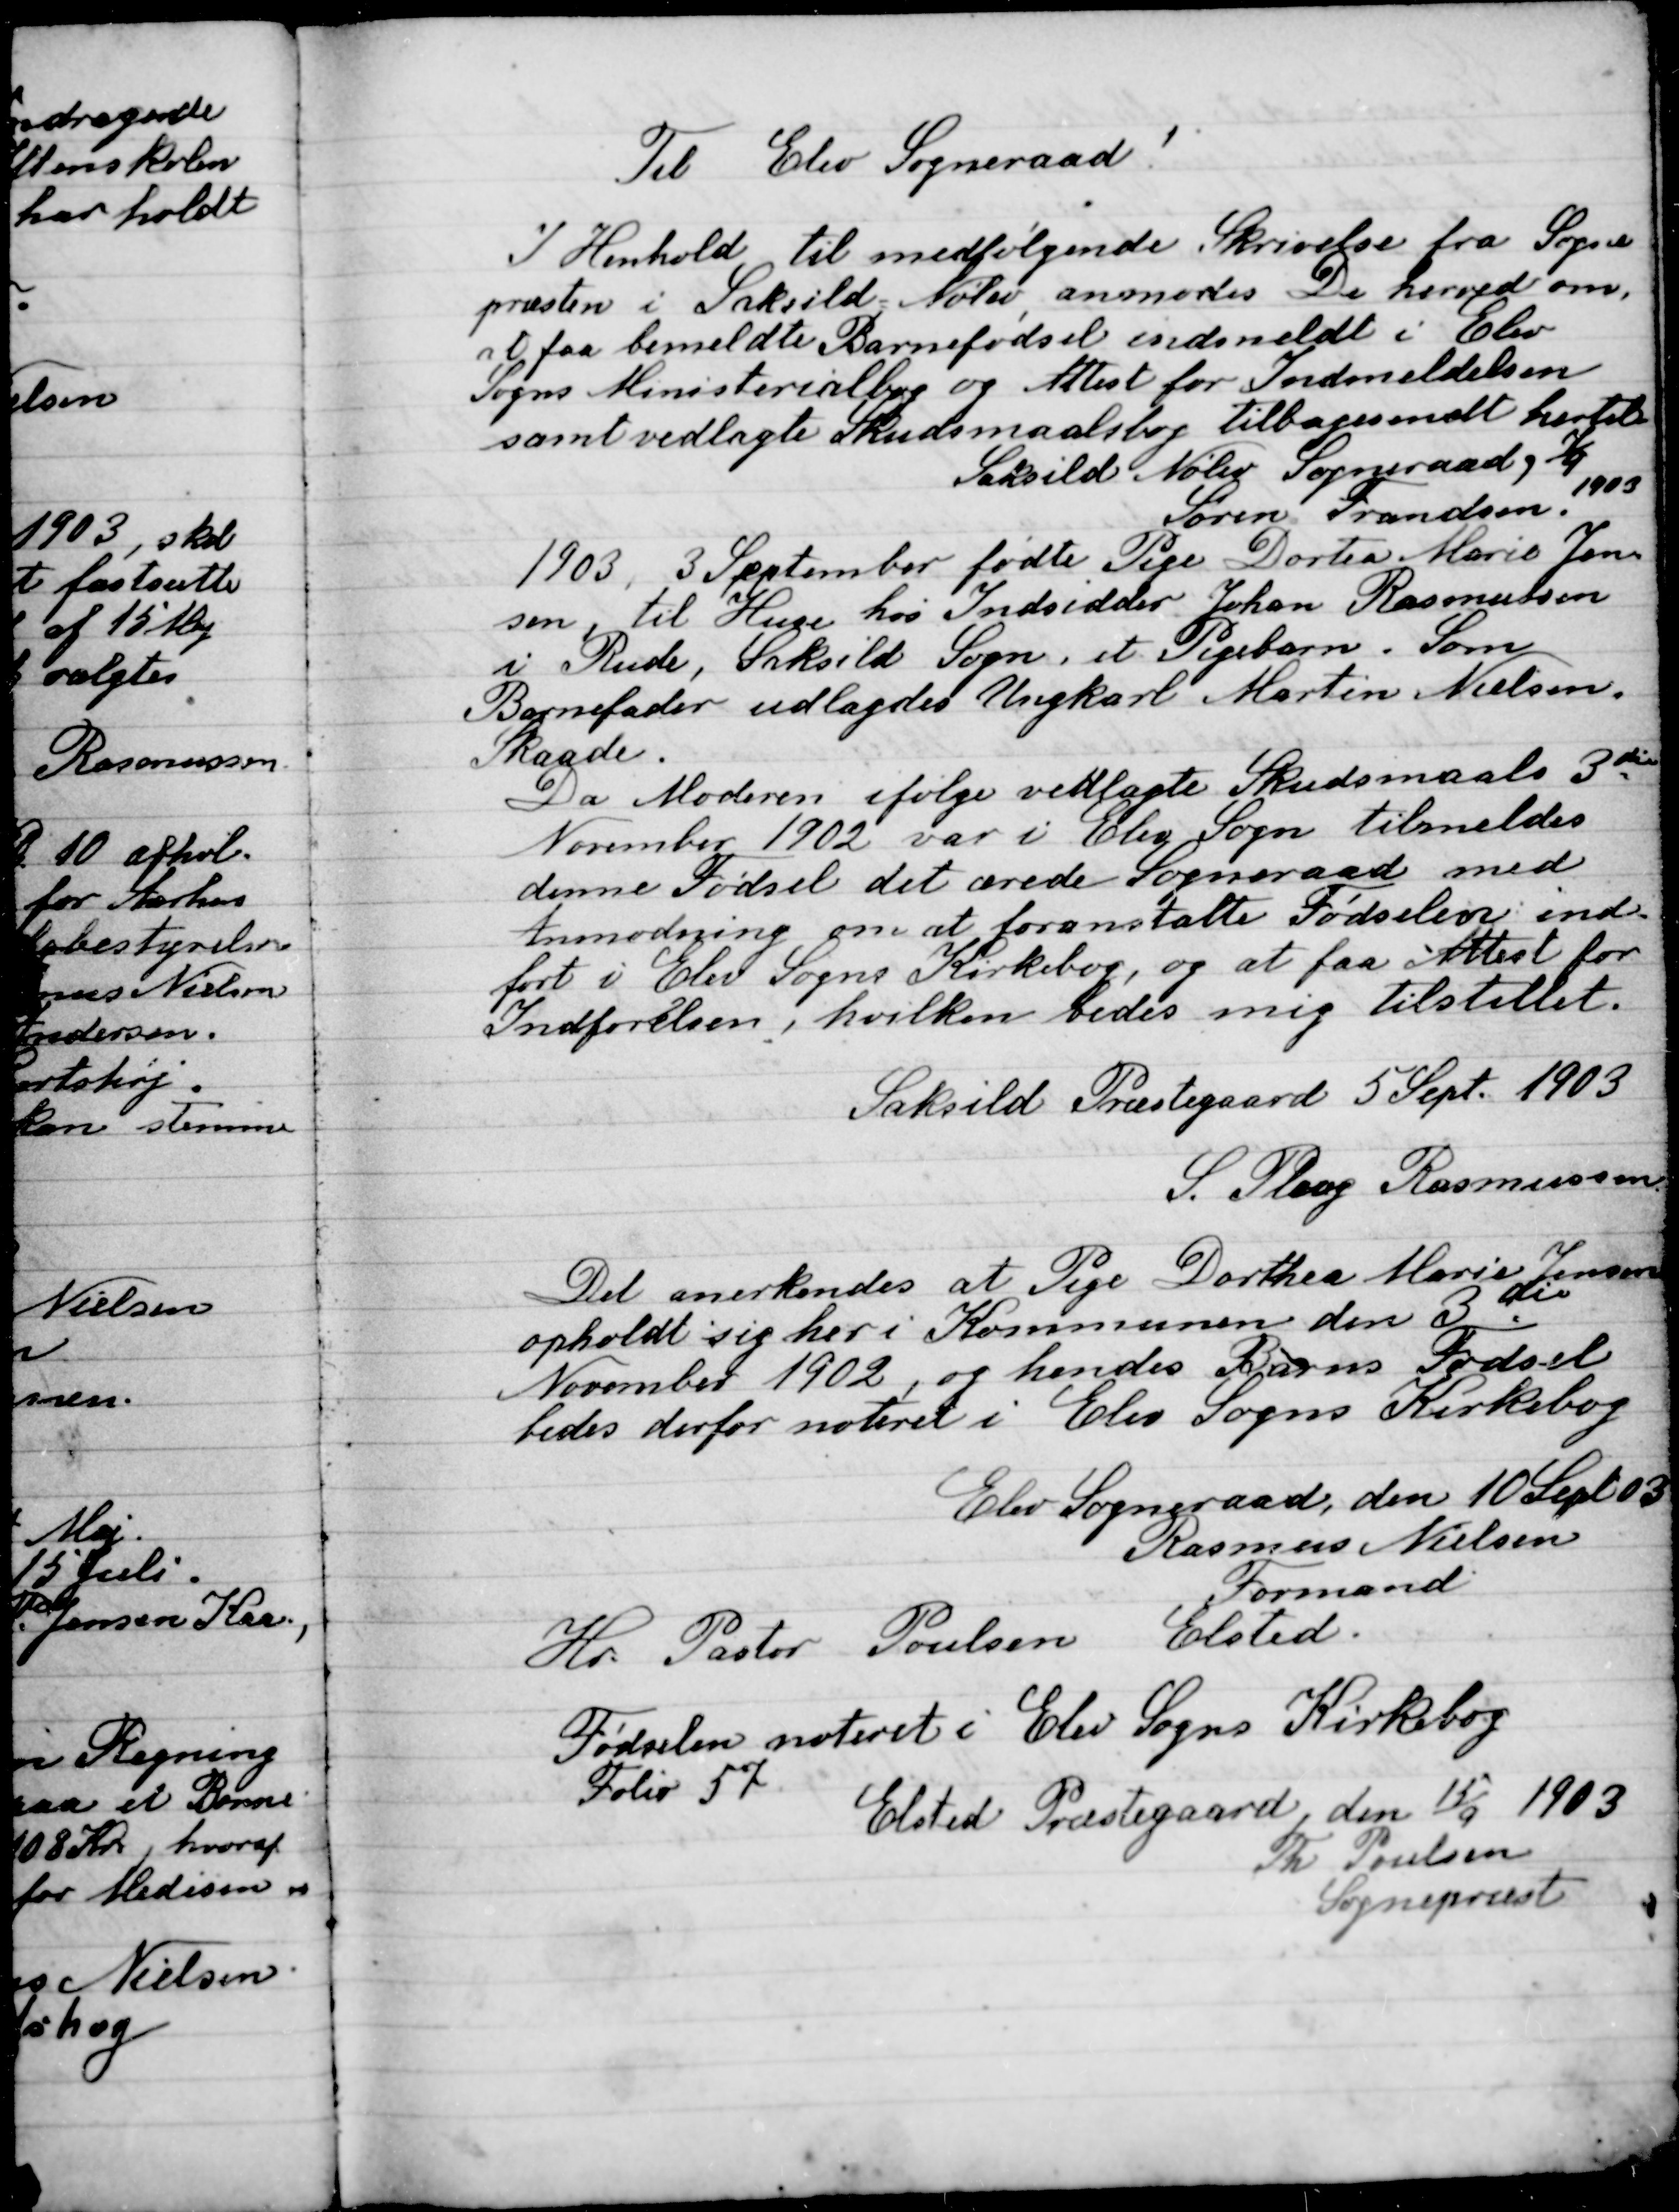
Transskription:
Til Elev Sogneraad!
I Henhold til medfølgende Skrivelse fra Sogne-
Præsten i Saksild-Nølev anmodes De herved om,
at faa bemeldte Barnefødsel indmeldt i Elev
Sogns Ministeriel bog og Attest for Indmeldelsen
Samt vedlagte Skudsmaalsbog tilbagesendt hertil
Saksild Nølev Sogneraad, 3/4 1903
Søren Frandsen.

1903, 3 September fødte Pige Dortea Marie Jensen
Til Huse hos Indsidder Johan Rasmusen
I Rude, Saksild Sogn, et Pigebarn. Som
Barnefader udlagtes Ungkarl Martin Nielsen
Ragde.
Da Moderne ifølge vedlagte Skudsmaals 3die
November 1902 var i Elev Sogne tilmeldes
denne Fødsel det ærede Sogneraad med
Anmodning om at foresatte Fødslen ind-
født i elev sognes Kirkebog, og at faa attest for
Indførslen, hvilken bedes mig tilstillet.
Saksild Præstegaard 5 Sept. 1903
S. Ploug Rasmussen

Det anerkendes at Pige Dorthea Marie Jensen
opholdt sig her i Kommunen den 3
November 1902, og hendes Barns Fødsel
Bedes derfor noteret i Elev sogns Kirkebog
Elev Sogneraad, den 10 Sept. 1903
Rasmus Nielsen
Formand

Hr. Pastor Poulsen Elsted.
Fødslen noteret i Elev Sogns Kirkebog
Folie 57
Elsted Præstegaard, den 15/9 1903
Th. Poulsen
Sognepræst